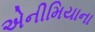
એનીમિયાના